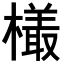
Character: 𣜒